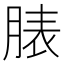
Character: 脿